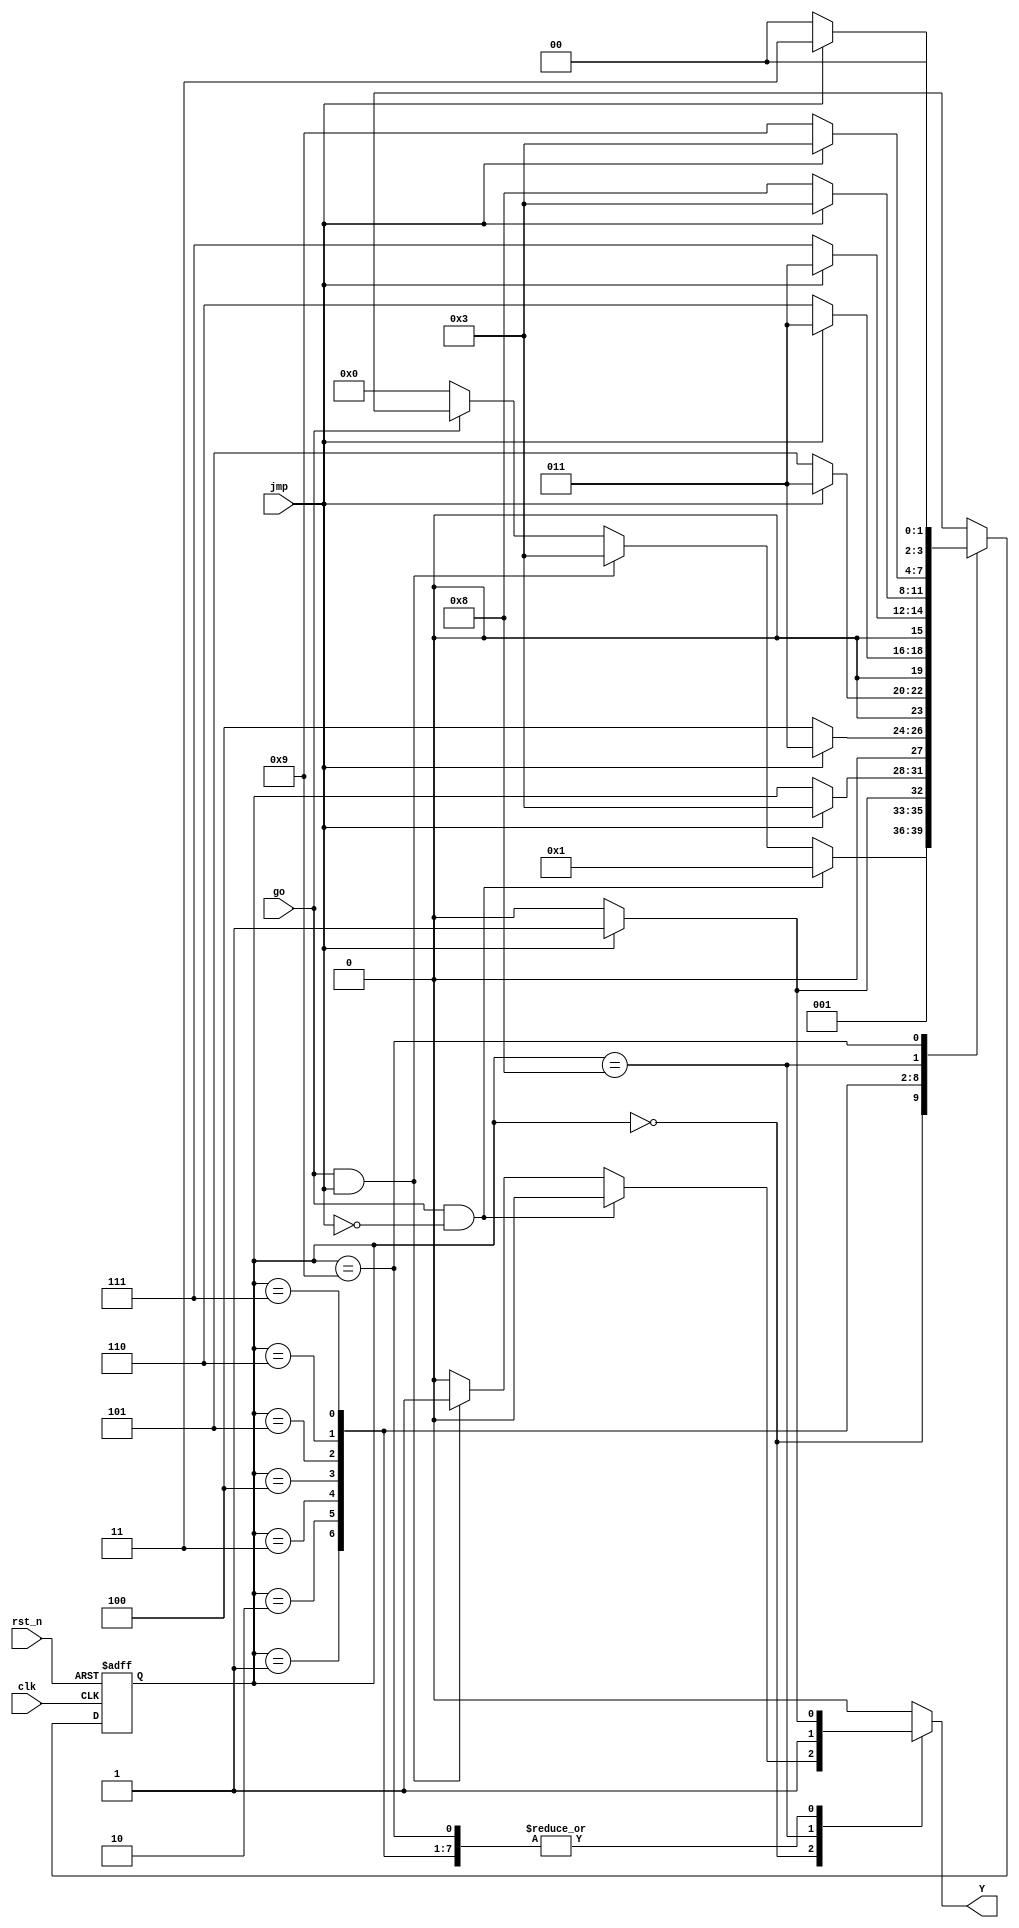
module fsmg4(go,jmp,Y, clk, rst_n);

output Y;
input go, jmp, clk, rst_n;
reg Y;

parameter [3:0] S0 = 4'b0000,
S1 = 4'b0001,
S2 = 4'b0010,
S3 = 4'b0011,
S4 = 4'b0100,
S5 = 4'b0101,
S6 = 4'b0110,
S7 = 4'b0111,
S8 = 4'b1000,
S9 = 4'b1001;
reg [3:0] state, next;

always @(posedge clk or negedge rst_n)
if (!rst_n) state <= S0;
else state <= next;	
	
always @(go or jmp or state ) 
begin
next = 4'bx;
Y = 1'b0;
case (state)
S0 : 
if (go & !jmp)
	begin
		next = S1;
		Y = 0;
	end	
else if (go & jmp) 
	begin
		next = S3;
		Y = 1;
	end
else if (!go) 
	begin
		next = S0;
		Y = 0;
	end
S1 : 
if (!jmp)
	begin
		next = S2;
		Y = 0;
	end	
else if (jmp) 
	begin
		next = S3;
		Y = 1;
	end
S2 : 
if (jmp) 
	begin
		next = S3;
		Y = 1;
	end	
else
	next=state;
S3 : 
if (!jmp)
	begin
		next = S4;
		Y = 0;
	end	
else if (jmp) 
	begin
		next = S3;
		Y = 1;
	end
S4 : 
if (!jmp)
	begin
		next = S5;
		Y = 0;
	end	
else if (jmp) 
	begin
		next = S3;
		Y = 1;
	end
S5 : 
if (!jmp)
	begin
		next = S6;
		Y = 0;
	end	
else if (jmp) 
	begin
		next = S3;
		Y = 1;
	end
S6 : 
if (!jmp)
	begin
		next = S7;
		Y = 0;
	end	
else if (jmp) 
	begin
		next = S3;
		Y = 1;
	end
S7 : 
if (!jmp)
	begin
		next = S8;
		Y = 0;
	end	
else if (jmp) 
	begin
		next = S3;
		Y = 1;
	end
S8 : 
if (!jmp)
	begin
		next = S9;
		Y = 1;
	end	
else if (jmp) 
	begin
		next = S3;
		Y = 1;
	end
S9 : 
if (!jmp)
	begin
		next = S0;
		Y = 0;
	end	
else if (jmp) 
	begin
		next = S3;
		Y = 1;
	end
endcase
end
endmodule

module fsm_tb ();

reg go, jmp, rst_n, clk;
wire y;

initial	
	begin 	   
		$monitor("state = %b  , go = %b, jmp = %b, next= %b , y = %b",g4.state , go, jmp, g4.next, y);
		clk=0;
		go=0;
		jmp=0;
		rst_n = 1;
		#3
		rst_n = 0;
		#12
		rst_n=1;
		go=1;
		#12	
		jmp=1;
		
	end		
	
always 
	begin
		#5
		clk = ~clk;
	end
fsmg4 g4(go,jmp,y, clk, rst_n);	
	
endmodule